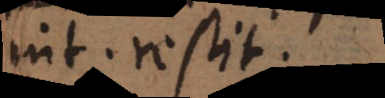
int. restit.